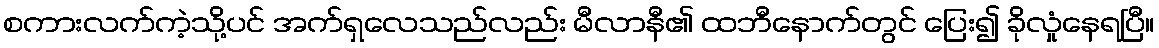
စကားလက်ကဲ့သို့ပင် အက်ရှလေသည်လည်း မီလာနီ၏ ထဘီနောက်တွင် ပြေး၍ ခိုလှုံနေရပြီ။